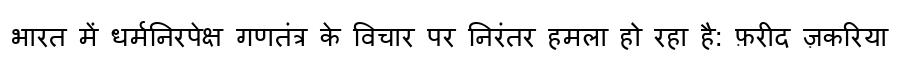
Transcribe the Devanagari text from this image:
भारत में धर्मनिरपेक्ष गणतंत्र के विचार पर निरंतर हमला हो रहा है: फ़रीद ज़करिया